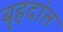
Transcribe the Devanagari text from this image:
बृहदांत